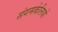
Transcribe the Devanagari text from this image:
संगमकेलियों